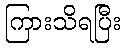
ကြားသိရပြီး